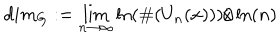
d i m _ { G } : = \lim _ { n \to \infty } \ln ( \# ( U _ { n } ( x ) ) ) / \ln ( n )